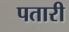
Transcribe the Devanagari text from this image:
पतारी